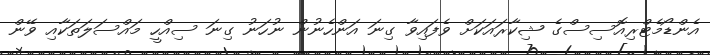
އެންޑޯމެޓްރިއޮސިސްގެ ޝިކާރައަކަށް ވެފައިވާ ގިނަ އަންހެނުން ނުހަނު ގިނަ ސިއްހީ މައްސަލަތަކާއި ވޭން